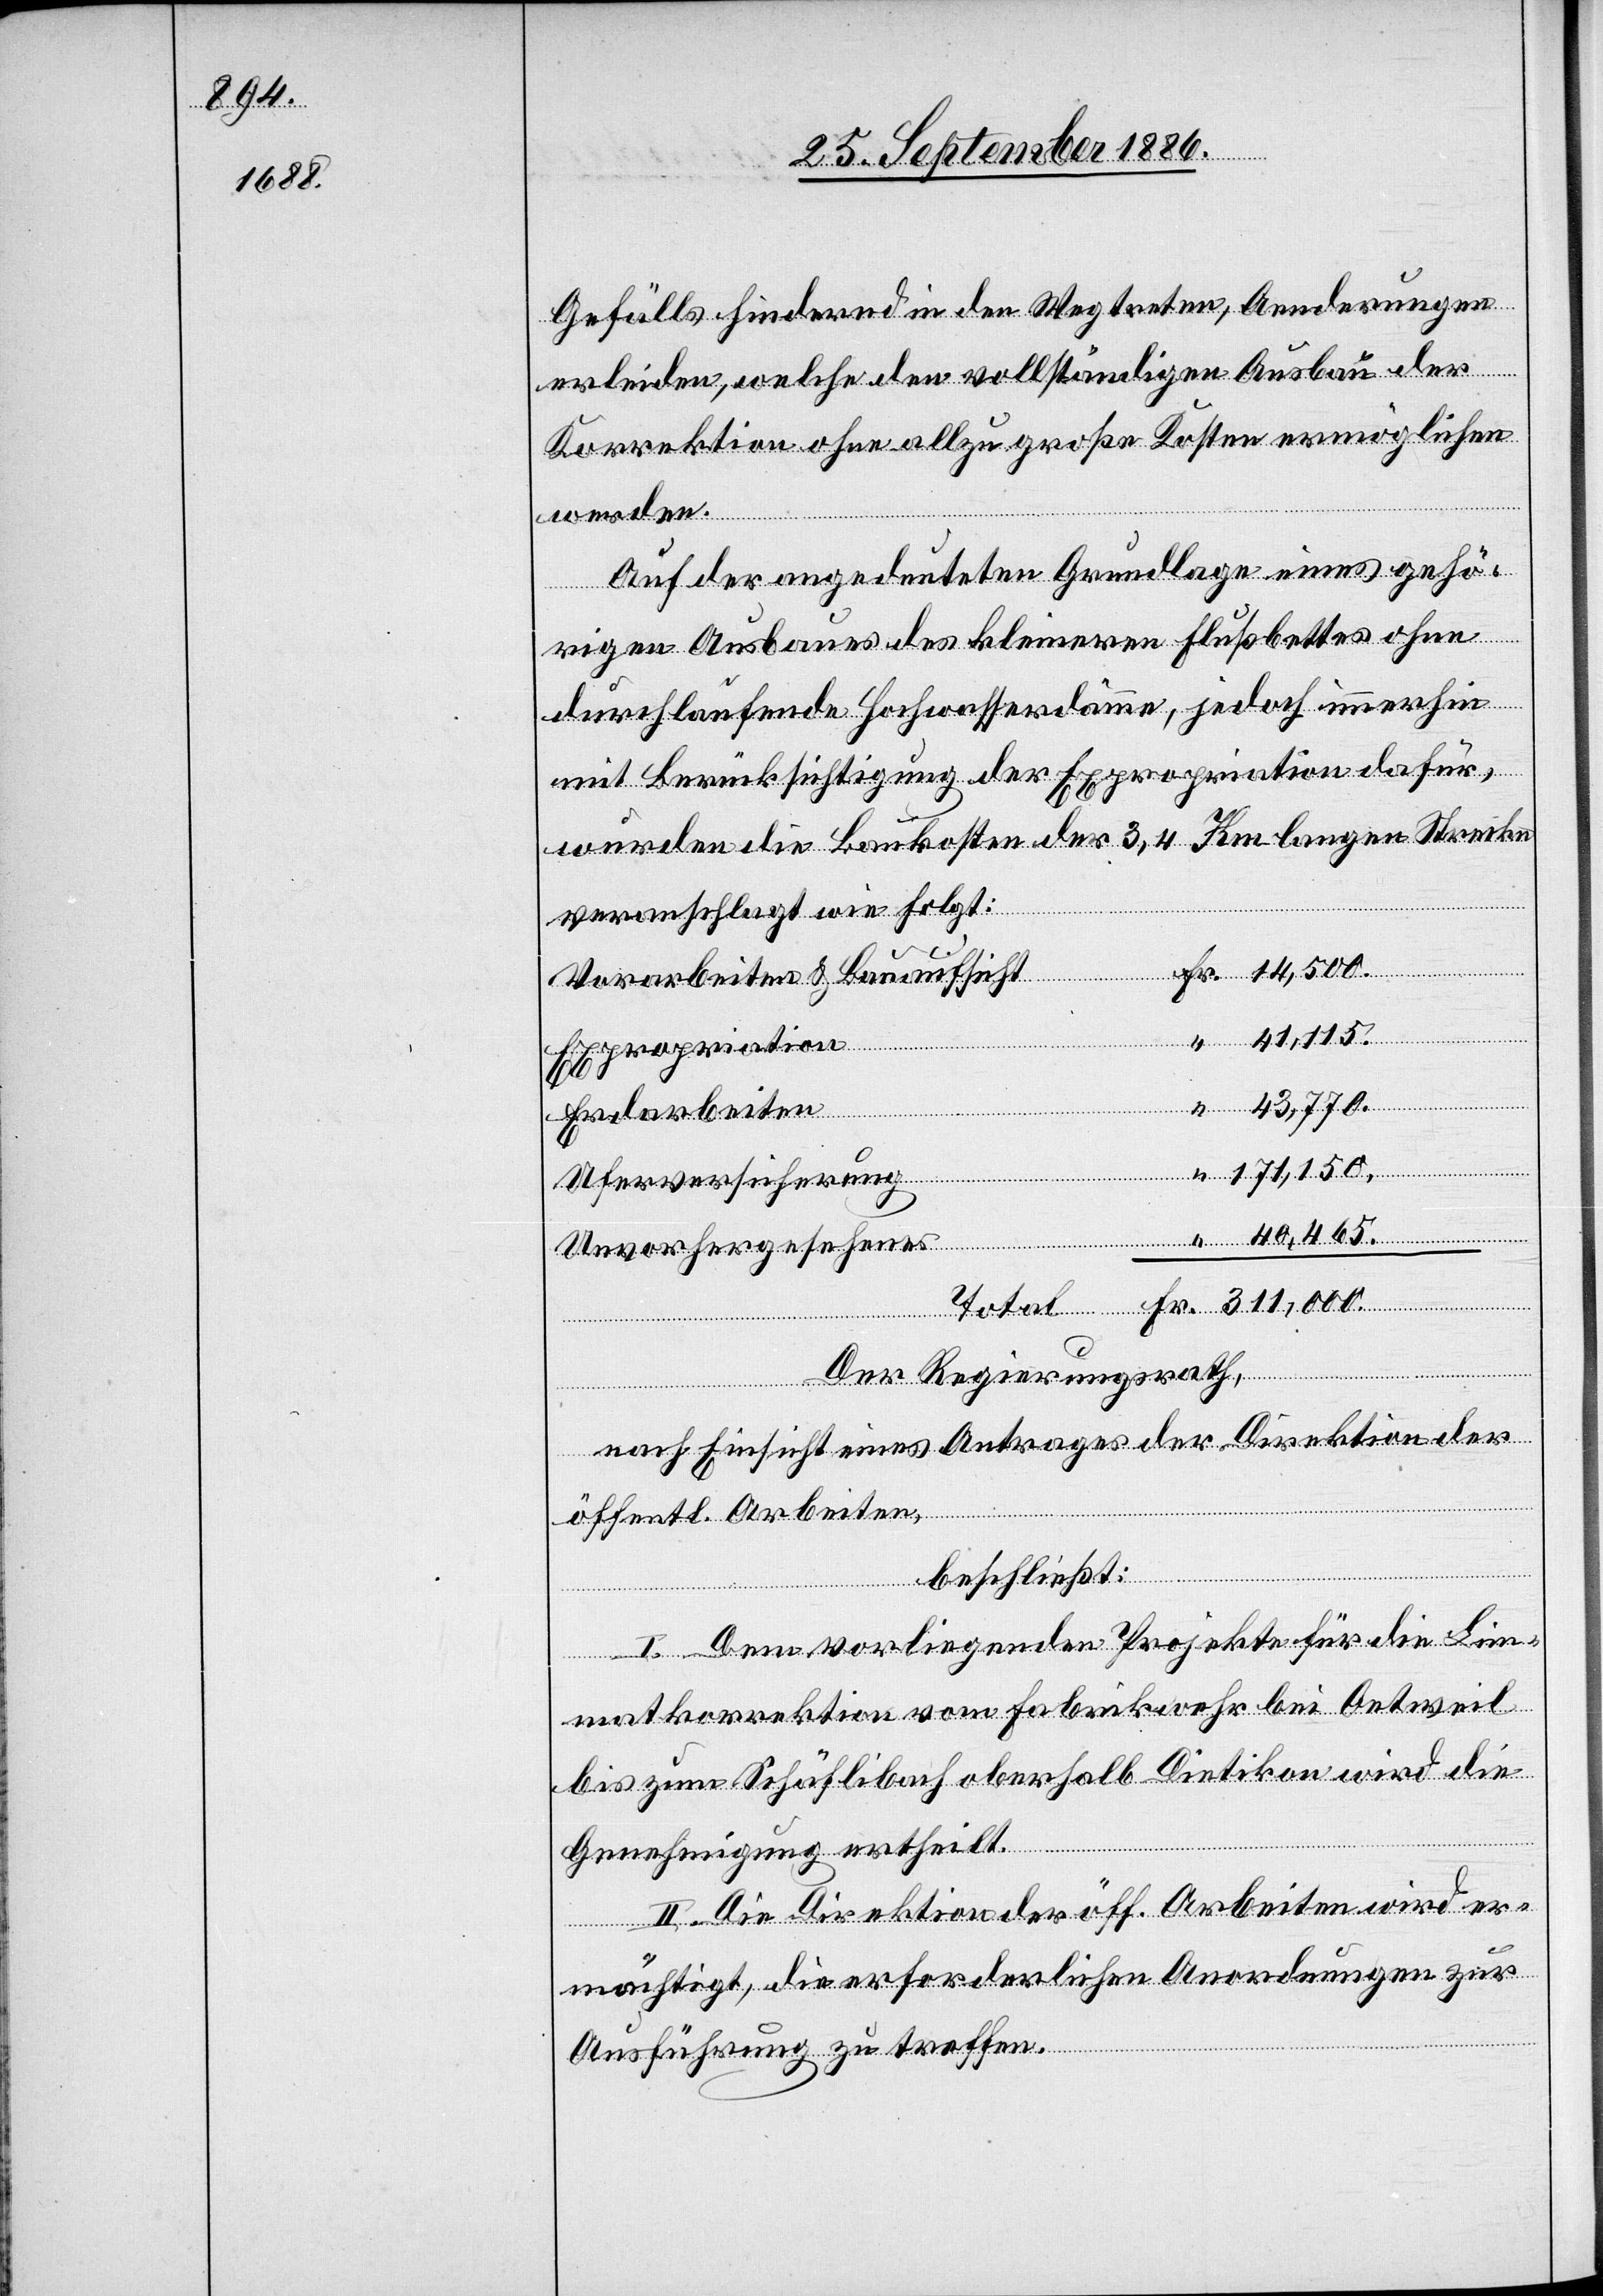
40,465.
14,500.

Gefälls hindernd in den Weg treten, Aenderungen
Fr.
erleiden, welche den vollständigen Ausbau der
Korrektion ohne allzu große Kosten ermöglichen
werden.
Auf der angedeuteten Grundlage eines gehö¬
rigen Ausbaues des kleineren Flußbettes ohne
durchlaufende Hochwasserdämme, jedoch immerhin
mit Berücksichtigung der Expropriation dafür,
wurden die Baukosten der 3,4 Km langen Strecke
veranschlagt wie folgt:
Vorarbeiten & Bauaufsicht
Expropriation
Total
Erdarbeiten
Uferversicherung
Unvorhergesehenes
Der Regierungsrath,
nach Einsicht eines Antrages der Direktion der
öffentl. Arbeiten,
beschließt:
I. Dem vorliegenden Projekte für die Lim¬
matkorrektion vom Fabrikwehr bei Oetweil
bis zum Schäflibach oberhalb Dietikon wird die
Genehmigung ertheilt.
II. Die Direktion der öff. Arbeiten wird er¬
mächtigt, die erforderlichen Anordnungen zur
Ausführung zu treffen.